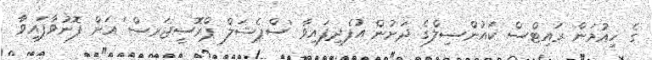
ގެ ހިއުމަން ރައިޓްސް ކައުންސިލްގެ ދަށުން އުފެދިފައިވާ 'ސްޕެޝަލް ޕްރޮސީޖަރސް' އަށް ފޮނުވާފައިވާ